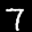
Label: 7